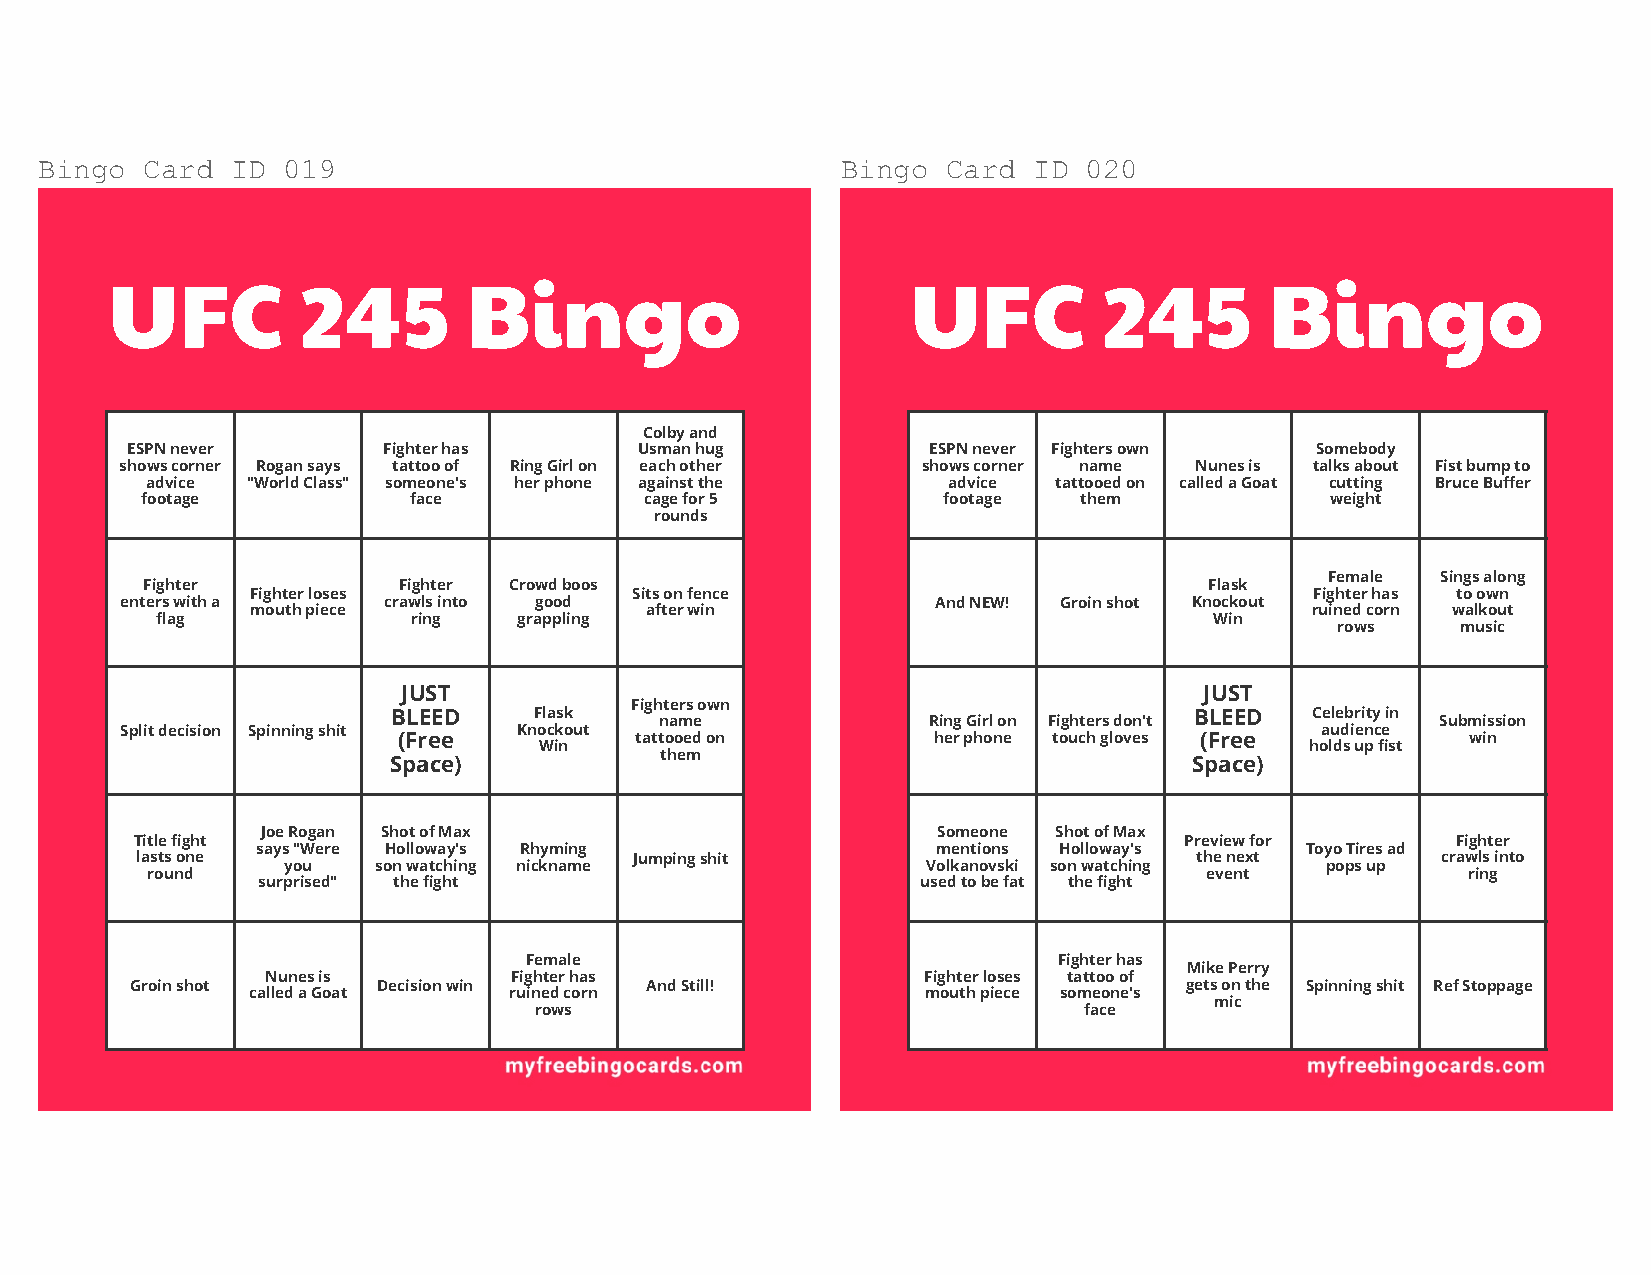
Bingo Card  ID  019                                  Bingo  Card ID  020
 UFC          245        Bingo                        UFC          245        Bingo
 Colby and
 ESPN never       Fighter has      Usman hug          ESPN never Fighters own   Somebody
 shows corner Rogan says tattoo of Ring Girl on each other shows corner name Nunes is talks about Fist bump to
 advice "World Class" someone's her phone against the advice tattooed on called a Goat cutting Bruce Buffer
 footage           face            cage for 5         footage  them             weight
 rounds
 Female Sings along
 Fighter          Fighter Crowd boos                                    Flask
 Fighter loses            Sits on fence                                Fighter has to own
 enters with a    crawls into good                     And NEW! Groin shot Knockout
 mouth piece               after win                                   ruined corn walkout
 flag             ring   grappling                                     Win
 rows     music
 JUST                                                 JUST
 Fighters own
 BLEED    Flask                                       BLEED   Celebrity in
 name             Ring Girl on Fighters don't       Submission
 Split decision Spinning shit Knockout                                          audience
 (Free           tattooed on         her phone touch gloves (Free       win
 Win                                                holds up fist
 them
 Space)                                               Space)
 Joe Rogan Shot of Max                        Someone Shot of Max
 Title fight                                                          Preview for       Fighter
 says "Were Holloway's Rhyming                mentions Holloway's     Toyo Tires ad
 lasts one                        Jumping shit                         the next        crawls into
 you   son watching nickname               Volkanovski son watching   pops up
 round                                                                 event            ring
 surprised" the fight                        used to be fat the fight
 Female                             Fighter has
 Mike Perry
 Nunes is        Fighter has                Fighter loses tattoo of
 Groin shot      Decision win      And Still!                         gets on the Spinning shit Ref Stoppage
 called a Goat     ruined corn                mouth piece someone's
 mic
 rows                                 face